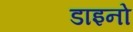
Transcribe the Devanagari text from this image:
डाइनो